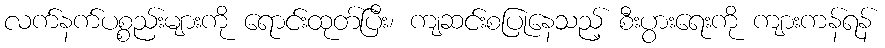
လက်နက်ပစ္စည်းများကို ရောင်းထုတ်ပြီး၊ ကျဆင်းစပြုနေသည့် စီးပွားရေးကို ကျားကန်ရန်